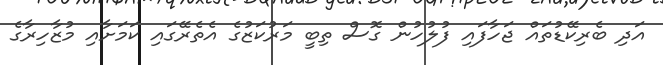
އަދި ބެރިކޭޑުތައް ޖަހާފައި ފުލުހުން ގޮސް ތިބީ މަރުކަޒުގެ އެތެރޭގައި ކަމަށާއި މުޒާހިރާގެ